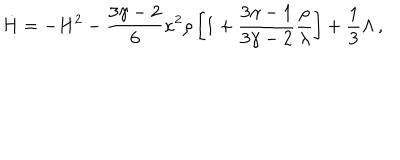
\dot { H } = - H ^ { 2 } - \frac { 3 \gamma - 2 } { 6 } \kappa ^ { 2 } \rho \left[ 1 + \frac { 3 \gamma - 1 } { 3 \gamma - 2 } \frac { \rho } { \lambda } \right] + \frac { 1 } { 3 } \Lambda \, ,